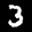
Label: 3